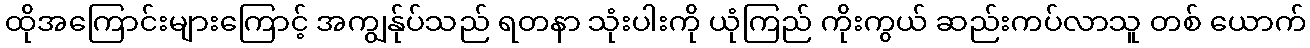
ထိုအကြောင်းများကြောင့် အကျွန်ုပ်သည် ရတနာ သုံးပါးကို ယုံကြည် ကိုးကွယ် ဆည်းကပ်လာသူ တစ် ယောက်